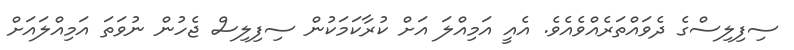
ސިފިލިސްގެ ދެވައްތަރެއްވެއެވެ. އެއީ އަމިއްލަ އަށް ކުރާކަމަކުން ސިފިލިސް ޖެހުން ނުވަތަ އަމިއްލައަށް